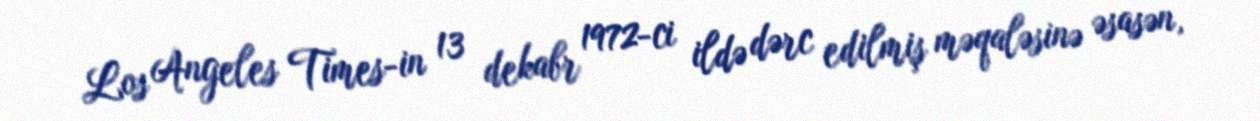
Los Angeles Times-in 13 dekabr 1972-ci ildə dərc edilmiş məqaləsinə əsasən,